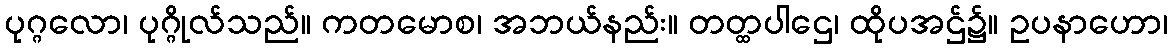
ပုဂ္ဂလော၊ ပုဂ္ဂိုလ်သည်။ ကတမောစ၊ အဘယ်နည်း။ တတ္ထပါဌေ၊ ထိုပအဌ်၌။ ဥပနာဟော၊